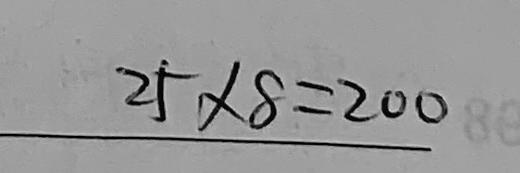
2 5 \times 8 = 2 0 0